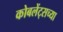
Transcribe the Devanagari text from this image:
कोबलेंट्सच्या